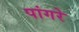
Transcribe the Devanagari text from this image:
पांगरे